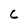
Character: C